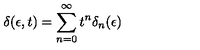
\delta ( \epsilon , t ) = \sum _ { n = 0 } ^ { \infty } t ^ { n } \delta _ { n } ( \epsilon )